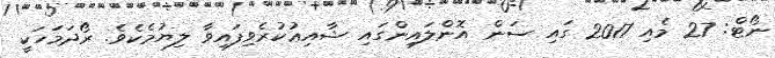
ނޯޓް: 27 މެއި 2017 ގައި ސަން އޮންލައިންގައި ޝާއިޢުކުރެވިފައިވާ ލިޔުމެކެވެ. ރޯދަމަހަކީ